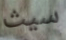
سيث